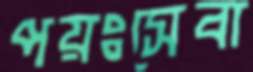
পয়ঃসেবা